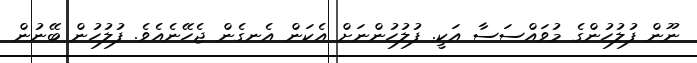
ނޫން ފުލުހުންގެ މުވައްސަސާ އަކީ. ފުލުހުންނަށް އެކަން އެެނގެން ޖެހޭނެއެވެ. ފުލުހުން ބޭނުން